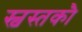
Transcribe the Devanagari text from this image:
स्वस्तकौ